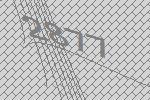
2877